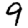
Digit: 9